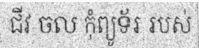
ជីវ ចល កុំព្យូទ័រ របស់